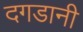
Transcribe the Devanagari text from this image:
दगडानी